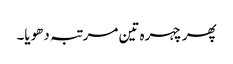
پھر چہرہ تین مرتبہ دھویا۔